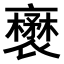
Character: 𧝺